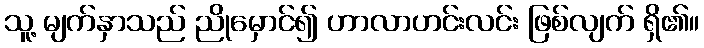
သူ့ မျက်နှာသည် ညိုမှောင်၍ ဟာလာဟင်းလင်း ဖြစ်လျက် ရှိ၏။